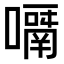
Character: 𡁑